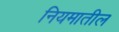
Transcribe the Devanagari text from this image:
नियमातील